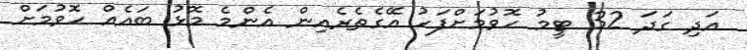
އަދި ގަދަ 32 ޓީމު ހޮވުމަށްފަހު އޭގެތެރެއިން އެންމެ މޮޅު ބައެއް ހޮވުމަށް